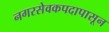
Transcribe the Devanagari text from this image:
नगरसेवकपदापासून